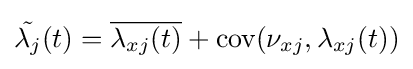
{\tilde {\lambda _{j}}}(t)={\overline {\lambda _{xj}(t)}}+{\mbox{cov}}(\nu _{xj},\lambda _{xj}(t))